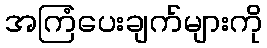
အကြံပေးချက်များကို